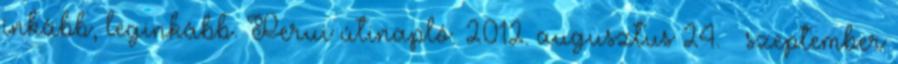
inkább, leginkább. Perui útinapló. 2012. augusztus 24. – szeptember